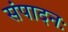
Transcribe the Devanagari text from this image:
संपादनः